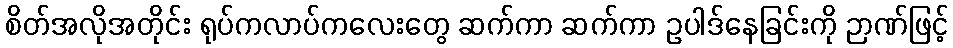
စိတ်အလိုအတိုင်း ရုပ်ကလာပ်ကလေးတွေ ဆက်ကာ ဆက်ကာ ဥပါဒ်နေခြင်းကို ဉာဏ်ဖြင့်